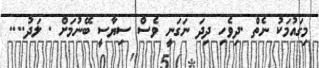
މިގައުމަކު ނެތް .ދިވެހި ދިދަ ނަގަނީ ވެސް ސިޔާސީ ބޭނުމަށް . ލަދު....